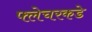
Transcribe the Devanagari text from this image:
फ्लेचरकडे